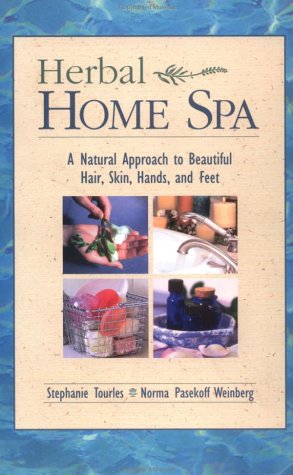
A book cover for Herbal Home Spa: A Natural Approach to Beautiful Hair, Skin, Hands, and Feet; Stephanie Tourles; Health, Fitness & Dieting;